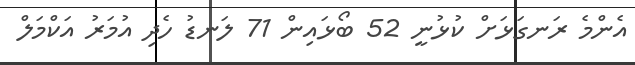
އެންމެ ރަނގަޅަށް ކުޅުނީ 52 ބޯޅައިން 71 ލަނޑު ހެދި އުމަރު އަކްމަލް